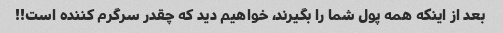
بعد از اینکه همه پول شما را بگیرند، خواهیم دید که چقدر سرگرم کننده است!!